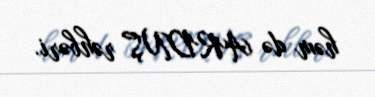
həm də ARDNŞ rəhbəri.